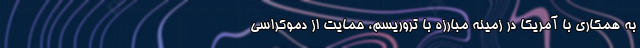
به همکاری با آمریکا در زمینه مبارزه با تروریسم، حمایت از دموکراسی